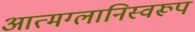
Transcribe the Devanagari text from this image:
आत्मग्लानिस्वरूप